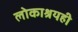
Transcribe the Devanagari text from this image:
लोकाश्रयही